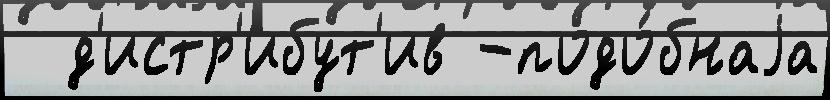
  д'истр'ибут'ив -подо́бнаjа